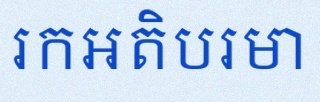
រកអតិបរមា